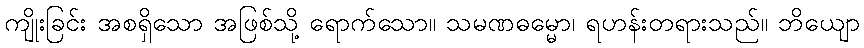
ကျိုးခြင်း အစရှိသော အဖြစ်သို့ ရောက်သော။ သမဏဓမ္မော၊ ရဟန်းတရားသည်။ ဘိယျော